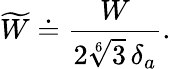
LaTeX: \widetilde{W}\doteq\frac{W}{2\sqrt[6]{3}\, \delta_{a}}.